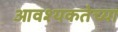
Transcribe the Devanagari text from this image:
आवश्यकतेच्या